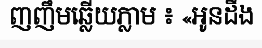
ញញឹមឆ្លើយភ្លាម ៖ «អូនដឹង